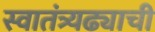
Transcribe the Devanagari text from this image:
स्वातंत्र्यढ्याची